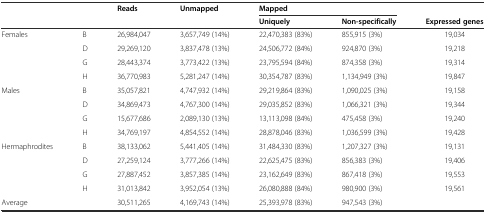
<table><thead><tr><td></td><td></td><td rowspan="2"><b>Reads</b></td><td rowspan="2"><b>Unmapped</b></td><td colspan="2"><b>Mapped</b></td><td></td></tr><tr><td></td><td></td><td><b>Uniquely</b></td><td><b>Non-specifically</b></td><td><b>Expressed genes</b></td></tr></thead><tbody><tr><td rowspan="4">Females</td><td>B</td><td>26,984,047</td><td>3,657,749 (14%)</td><td>22,470,383 (83%)</td><td>855,915 (3%)</td><td>19,034</td></tr><tr><td>D</td><td>29,269,120</td><td>3,837,478 (13%)</td><td>24,506,772 (84%)</td><td>924,870 (3%)</td><td>19,218</td></tr><tr><td>G</td><td>28,443,374</td><td>3,773,422 (13%)</td><td>23,795,594 (84%)</td><td>874,358 (3%)</td><td>19,314</td></tr><tr><td>H</td><td>36,770,983</td><td>5,281,247 (14%)</td><td>30,354,787 (83%)</td><td>1,134,949 (3%)</td><td>19,847</td></tr><tr><td rowspan="4">Males</td><td>B</td><td>35,057,821</td><td>4,747,932 (14%)</td><td>29,219,864 (83%)</td><td>1,090,025 (3%)</td><td>19,158</td></tr><tr><td>D</td><td>34,869,473</td><td>4,767,300 (14%)</td><td>29,035,852 (83%)</td><td>1,066,321 (3%)</td><td>19,344</td></tr><tr><td>G</td><td>15,677,686</td><td>2,089,130 (13%)</td><td>13,113,098 (84%)</td><td>475,458 (3%)</td><td>19,240</td></tr><tr><td>H</td><td>34,769,197</td><td>4,854,552 (14%)</td><td>28,878,046 (83%)</td><td>1,036,599 (3%)</td><td>19,428</td></tr><tr><td rowspan="4">Hermaphrodites</td><td>B</td><td>38,133,062</td><td>5,441,405 (14%)</td><td>31,484,330 (83%)</td><td>1,207,327 (3%)</td><td>19,131</td></tr><tr><td>D</td><td>27,259,124</td><td>3,777,266 (14%)</td><td>22,625,475 (83%)</td><td>856,383 (3%)</td><td>19,406</td></tr><tr><td>G</td><td>27,887,452</td><td>3,857,385 (14%)</td><td>23,162,649 (83%)</td><td>867,418 (3%)</td><td>19,553</td></tr><tr><td>H</td><td>31,013,842</td><td>3,952,054 (13%)</td><td>26,080,888 (84%)</td><td>980,900 (3%)</td><td>19,561</td></tr><tr><td colspan="2">Average</td><td>30,511,265</td><td>4,169,743 (14%)</td><td>25,393,978 (83%)</td><td>947,543 (3%)</td><td></td></tr></tbody></table>